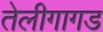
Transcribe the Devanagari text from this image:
तेलीगागड